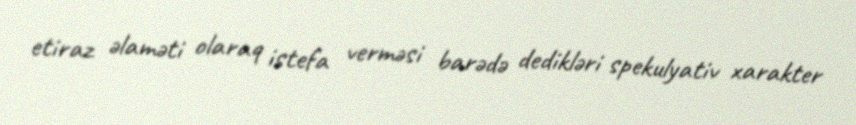
etiraz əlaməti olaraq istefa verməsi barədə dedikləri spekulyativ xarakter